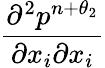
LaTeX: \frac{{{\partial}^{2}}{{p}^{n+{{\theta}_{2}}}}}{\partial{{x}_{i}}\partial{{x}_{i}}}